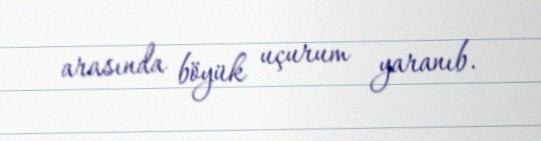
arasında böyük uçurum yaranıb.